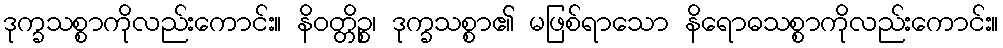
ဒုက္ခသစ္စာကိုလည်းကောင်း။ နိဝတ္တိဉ္စ၊ ဒုက္ခသစ္စာ၏ မဖြစ်ရာသော နိရောဓသစ္စာကိုလည်းကောင်း။